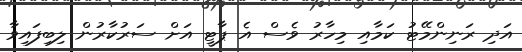
އަދި ރަނިންމޭޓު ކަމާއި މިހާރު ވެސް އެ ޕާޓީ އަށް ސަރުކާރުން ލިބިފައިވާ